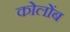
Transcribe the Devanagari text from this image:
कोलोंब